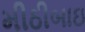
મીઠીબાઇ